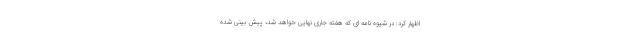
اظهار کرد: در شیوه نامه ای که هفته جاری نهایی خواهد شد، پیش بینی شده